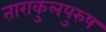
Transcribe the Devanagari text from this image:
ताराकुलपुरुष